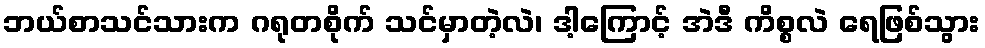
ဘယ်စာသင်သားက ဂရုတစိုက် သင်မှာတဲ့လဲ၊ ဒါ့ကြောင့် အဲဒီ ကိစ္စလဲ ရေဖြစ်သွား